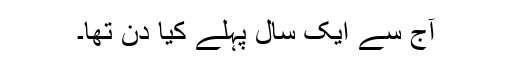
آج سے ایک سال پہلے کیا دن تھا۔